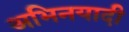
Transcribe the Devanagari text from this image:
अभिनयादी